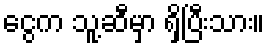
ငွေက သူ့ဆီမှာ ရှိပြီးသား။